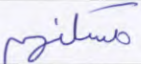
مسكنهم